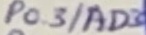
Text: P0.3/AD3